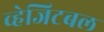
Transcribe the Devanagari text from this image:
व्हेजिटबल